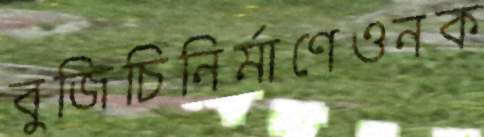
বুজিচিনির্মাণেওনক